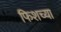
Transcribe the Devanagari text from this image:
फिशच्या